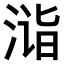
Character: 𣶫